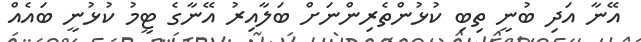
އޭނާ އަދި ބުނީ ތިބި ކުޅުންތެރިންނަށް ބަލާއިރު އޭނާގެ ޓީމު ކުޅުނީ ބައެއް